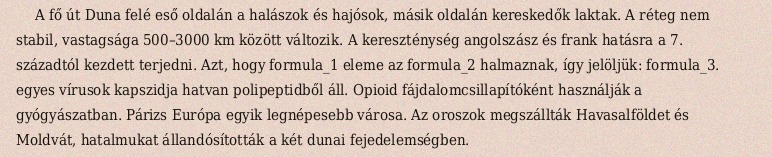
A fő út Duna felé eső oldalán a halászok és hajósok, másik oldalán kereskedők laktak. A réteg nem stabil, vastagsága 500–3000 km között változik. A kereszténység angolszász és frank hatásra a 7. századtól kezdett terjedni. Azt, hogy formula_1 eleme az formula_2 halmaznak, így jelöljük: formula_3. egyes vírusok kapszidja hatvan polipeptidből áll. Opioid fájdalomcsillapítóként használják a gyógyászatban. Párizs Európa egyik legnépesebb városa. Az oroszok megszállták Havasalföldet és Moldvát, hatalmukat állandósították a két dunai fejedelemségben.